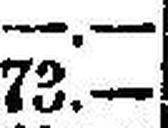
73.—